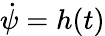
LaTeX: \dot{\psi}=h(t)